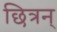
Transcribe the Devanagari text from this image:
छित्रन्